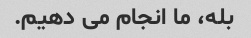
بله، ما انجام می دهیم.